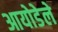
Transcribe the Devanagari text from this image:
आयोडेले